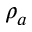
\rho _ { a }